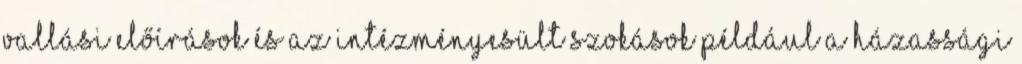
vallási előírások és az intézményesült szokások például a házassági